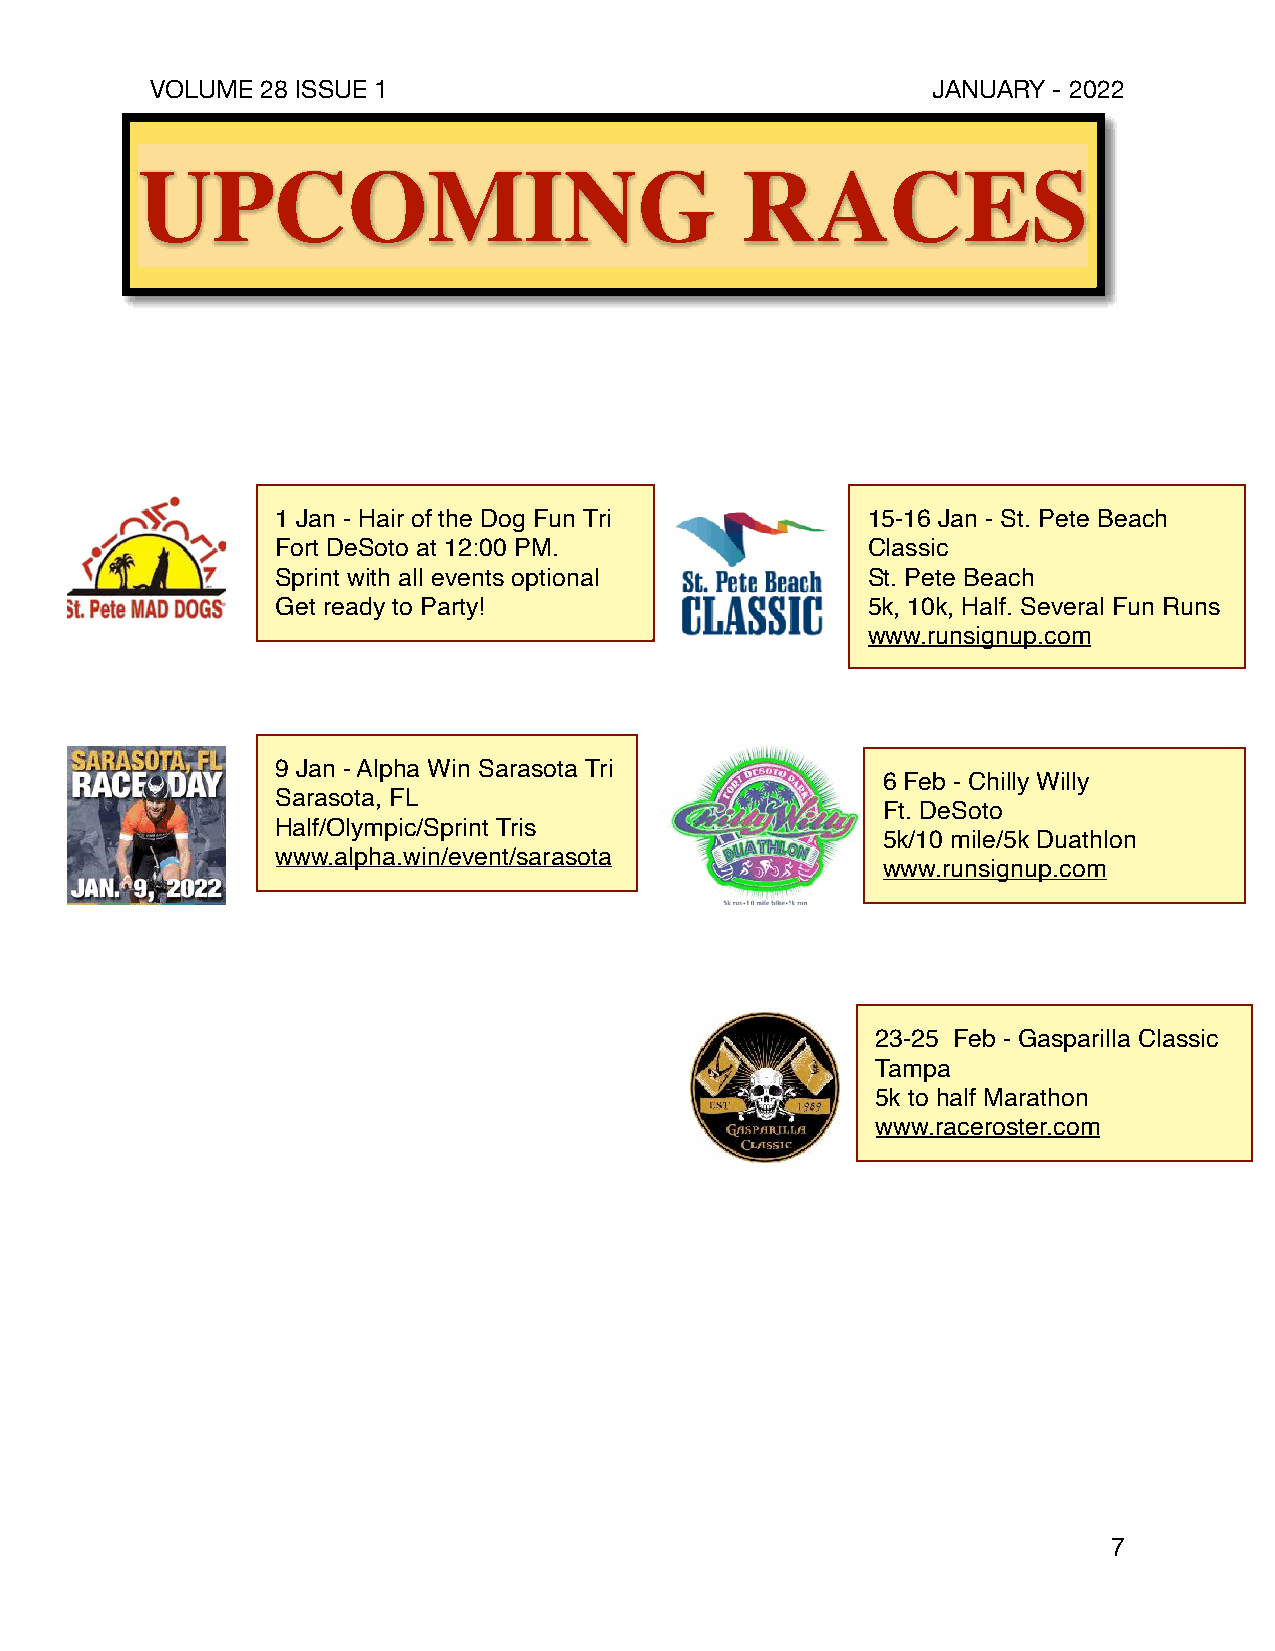
VOLUME 28 ISSUE 1                                   JANUARY - 2022
 UPCOMING                                RACES
 1 Jan - Hair of the Dog Fun Tri        15-16 Jan - St. Pete Beach
 Fort DeSoto at 12:00 PM.               Classic
 Sprint with all events optional        St. Pete Beach
 Get ready to Party!                    5k, 10k, Half. Several Fun Runs
 www.runsignup.com
 9 Jan - Alpha Win Sarasota Tri
 6 Feb - Chilly Willy
 Sarasota, FL
 Ft. DeSoto
 Half/Olympic/Sprint Tris
 5k/10 mile/5k Duathlon
 www.alpha.win/event/sarasota
 www.runsignup.com
 23-25 Feb - Gasparilla Classic
 Tampa
 5k to half Marathon
 www.raceroster.com
 7